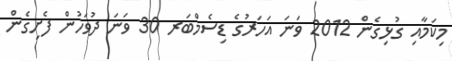
މިކަމާއި ގުޅިގެން 2012 ވަނަ އަހަރުގެ ޑިސެމްބަރ 30 ވަނަ ދުވަހުން ފެށިގެން